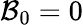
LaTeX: \mathcal{B}_{0}=0